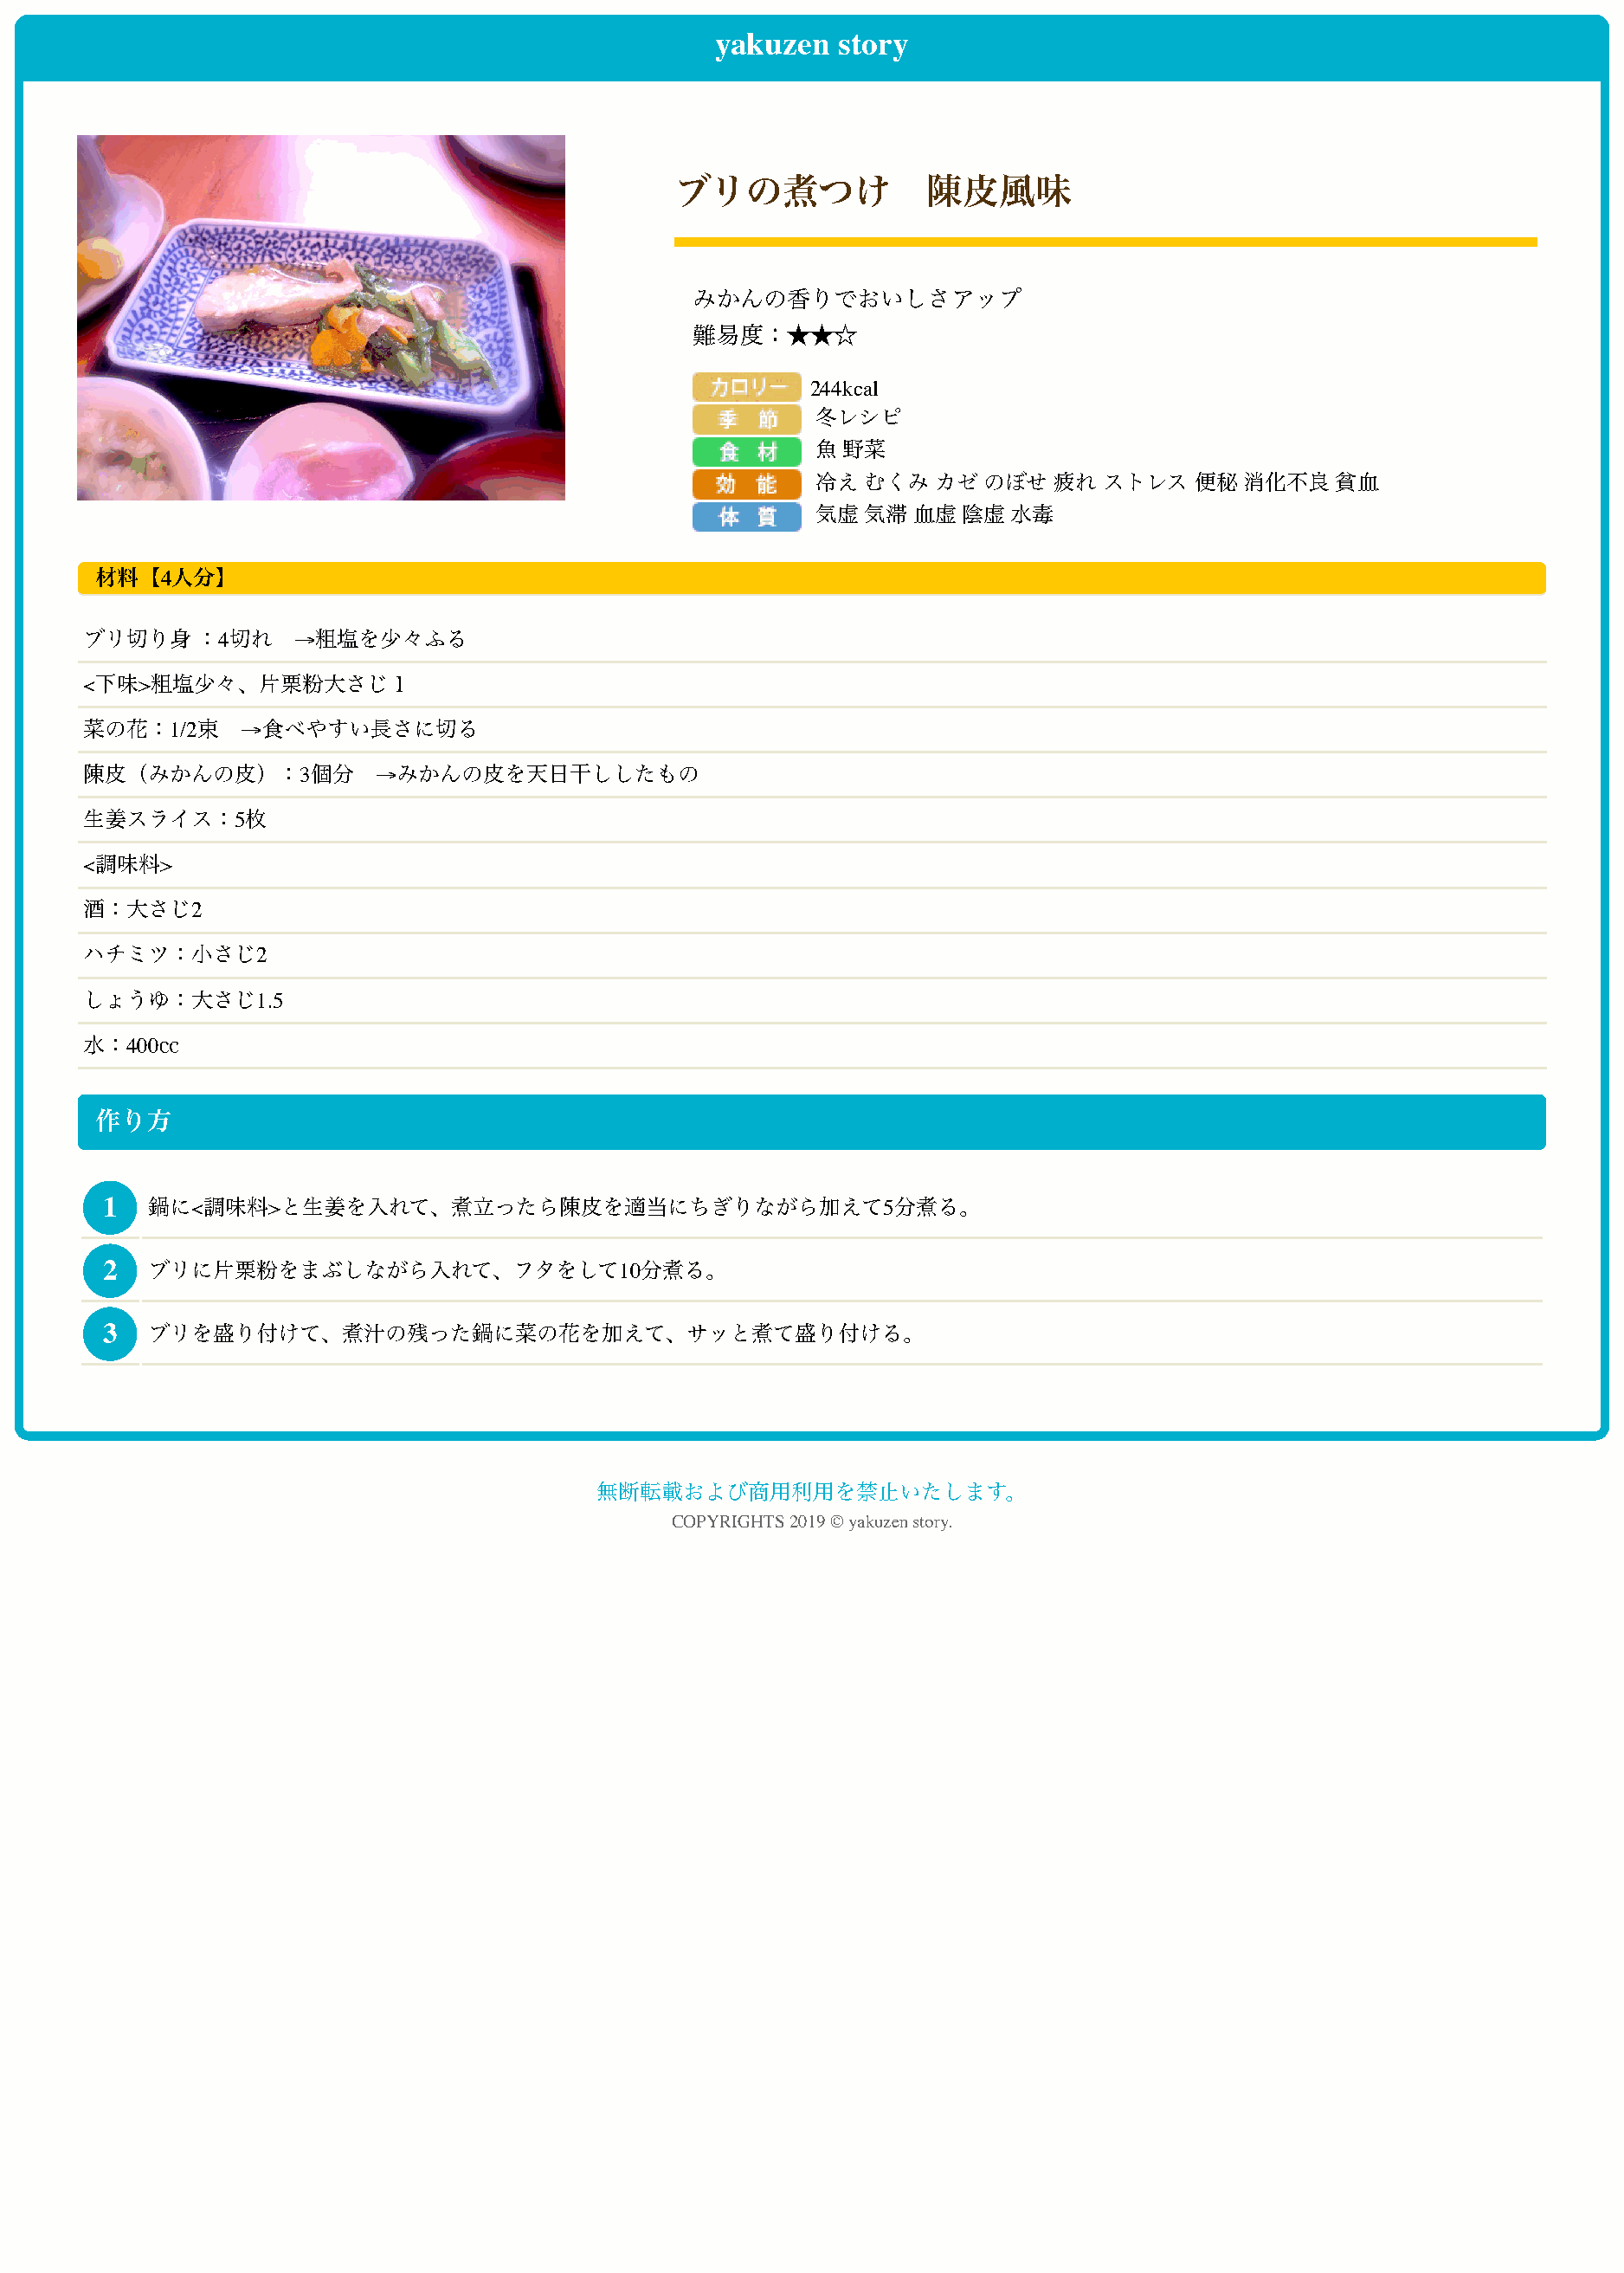
yakuzen  story
 ブリの煮つけ             陳皮風味
 みかんの香りでおいしさアップ
 難易度：★★☆
 244kcal
 冬レシピ
 魚 野菜
 冷え  むくみ  カゼ  のぼせ   疲れ ストレス   便秘  消化不良   貧血
 気虚  気滞  血虚  陰虚 水毒
 材料【4人分】
 ブリ切り身    ：4切れ   →粗塩を少々ふる
 <下味>粗塩少々、片栗粉大さじ１
 菜の花：1/2束    →食べやすい長さに切る
 陳皮（みかんの皮）：3個分          →みかんの皮を天日干ししたもの
 生姜スライス：5枚
 <調味料>
 酒：大さじ2
 ハチミツ：小さじ2
 しょうゆ：大さじ1.5
 水：400㏄
 作り方
 1  鍋に<調味料>と生姜を入れて、煮立ったら陳皮を適当にちぎりながら加えて5分煮る。
 2  ブリに片栗粉をまぶしながら入れて、フタをして10分煮る。
 3  ブリを盛り付けて、煮汁の残った鍋に菜の花を加えて、サッと煮て盛り付ける。
 無断転載および商用利用を禁止いたします。
 COPYRIGHTS 2019 © yakuzen story.